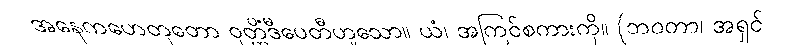
အနေကဟေတုတော ဝုတ္တိံဒီပေတီဟူသော။ ယံ၊ အကြင်စကားကို။ (ဘဝတာ၊ အရှင်